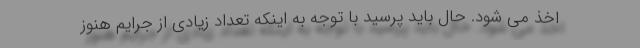
اخذ می شود. حال باید پرسید با توجه به اینکه تعداد زیادی از جرایم هنوز